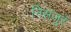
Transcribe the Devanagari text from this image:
निसजुरे